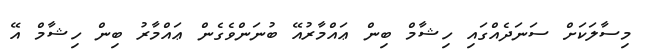
މިސާލަކަށް ސަނަދެއްގައި ހިޝާމް ބިން ޢައްމާރުއޭ ބުނަންވެގެން ޢައްމާރު ބިން ހިޝާމް އޭ